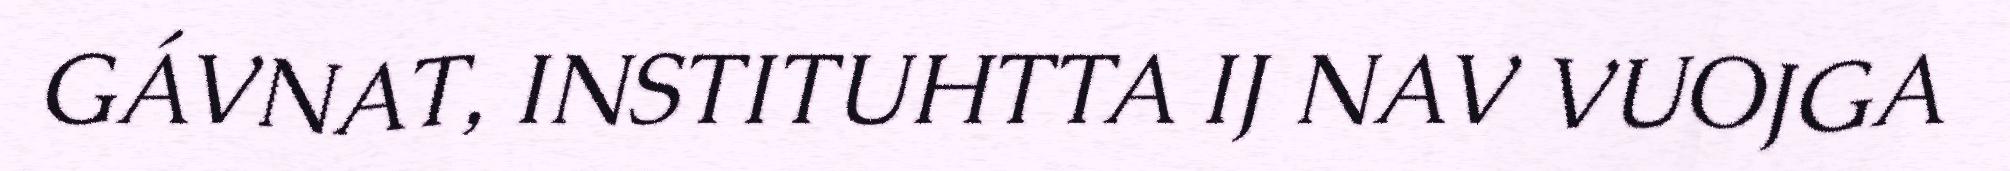
GÁVNAT, INSTITUHTTA IJ NAV VUOJGA